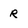
Character: R